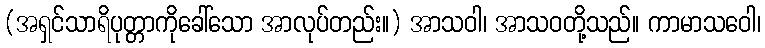
(အရှင်သာရိပုတ္တာကိုခေါ်သော အာလုပ်တည်း။) အာသဝါ၊ အာသဝတို့သည်။ ကာမာသဝေါ၊